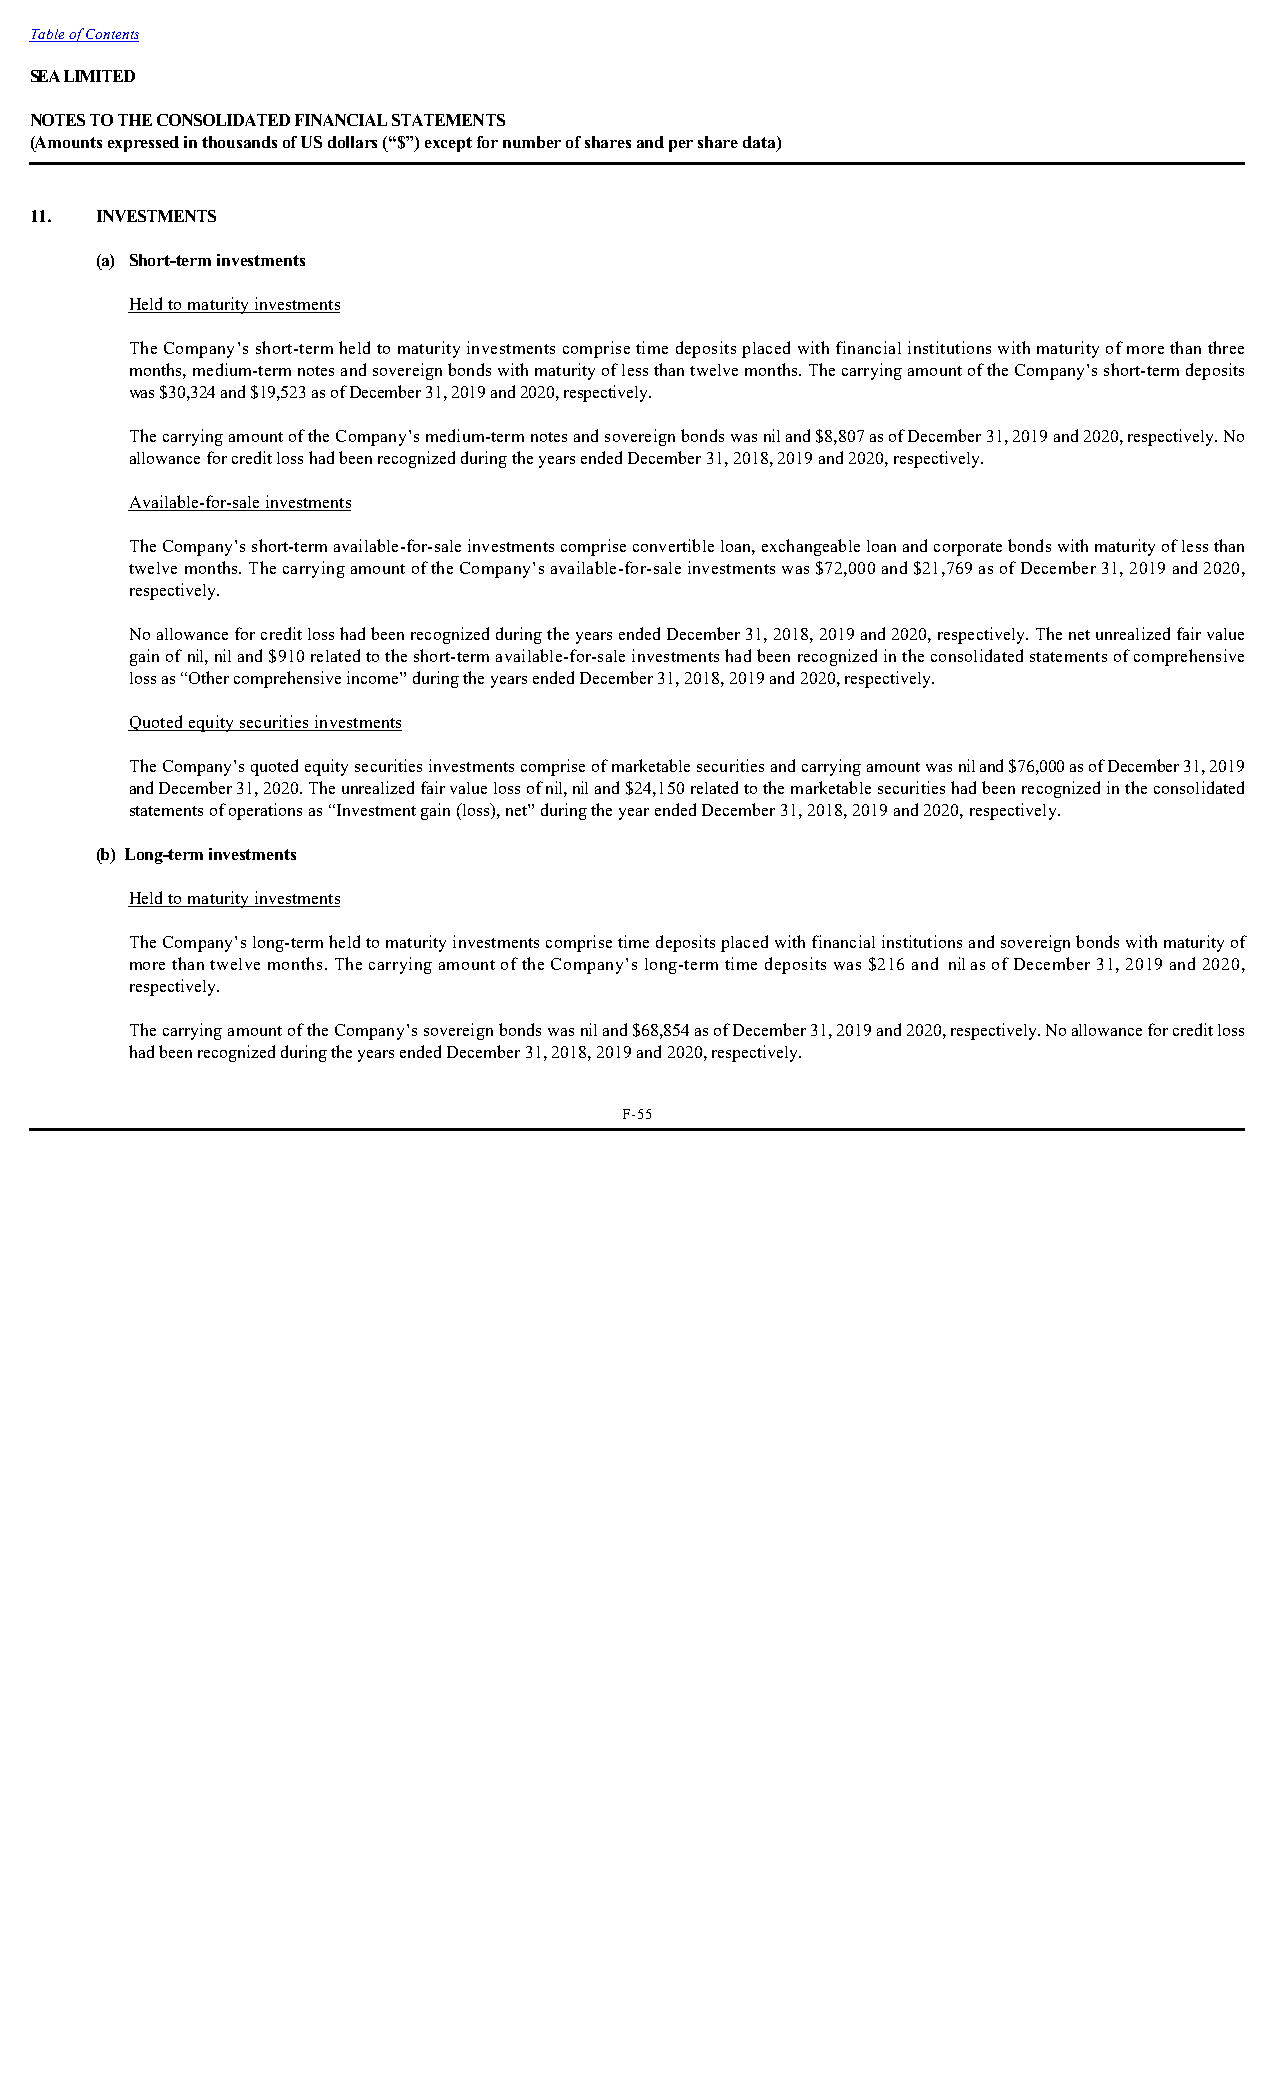
Table of Contents
 SEA LIMITED
 NOTES TO THE CONSOLIDATED FINANCIAL STATEMENTS
 (Amounts expressed in thousands of US dollars (“$”) except for number of shares and per share data)
 11. INVESTMENTS
 (a) Short-term investments
 Held to maturity investments
 The Company’s short-term held to maturity investments comprise time deposits placed with financial institutions with maturity of more than three
 months, medium-term notes and sovereign bonds with maturity of less than twelve months. The carrying amount of the Company’s short-term deposits
 was $30,324 and $19,523 as of December 31, 2019 and 2020, respectively.
 The carrying amount of the Company’s medium-term notes and sovereign bonds was nil and $8,807 as of December 31, 2019 and 2020, respectively. No
 allowance for credit loss had been recognized during the years ended December 31, 2018, 2019 and 2020, respectively.
 Available-for-sale investments
 The Company’s short-term available-for-sale investments comprise convertible loan, exchangeable loan and corporate bonds with maturity of less than
 twelve months. The carrying amount of the Company’s available-for-sale investments was $72,000 and $21,769 as of December 31, 2019 and 2020,
 respectively.
 No allowance for credit loss had been recognized during the years ended December 31, 2018, 2019 and 2020, respectively. The net unrealized fair value
 gain of nil, nil and $910 related to the short-term available-for-sale investments had been recognized in the consolidated statements of comprehensive
 loss as “Other comprehensive income” during the years ended December 31, 2018, 2019 and 2020, respectively.
 Quoted equity securities investments
 The Company’s quoted equity securities investments comprise of marketable securities and carrying amount was nil and $76,000 as of December 31, 2019
 and December 31, 2020. The unrealized fair value loss of nil, nil and $24,150 related to the marketable securities had been recognized in the consolidated
 statements of operations as “Investment gain (loss), net” during the year ended December 31, 2018, 2019 and 2020, respectively.
 (b) Long-term investments
 Held to maturity investments
 The Company’s long-term held to maturity investments comprise time deposits placed with financial institutions and sovereign bonds with maturity of
 more than twelve months. The carrying amount of the Company’s long-term time deposits was $216 and nil as of December 31, 2019 and 2020,
 respectively.
 The carrying amount of the Company’s sovereign bonds was nil and $68,854 as of December 31, 2019 and 2020, respectively. No allowance for credit loss
 had been recognized during the years ended December 31, 2018, 2019 and 2020, respectively.
 F-55